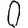
Digit: 0